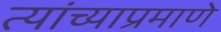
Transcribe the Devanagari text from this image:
त्यांच्याप्रमाणे